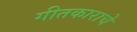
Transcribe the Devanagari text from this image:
गीतकाराचे